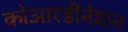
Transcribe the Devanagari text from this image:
कोआरडीनेशन